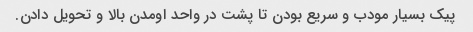
پیک بسیار مودب و سریع بودن تا پشت در واحد اومدن بالا و تحویل دادن.